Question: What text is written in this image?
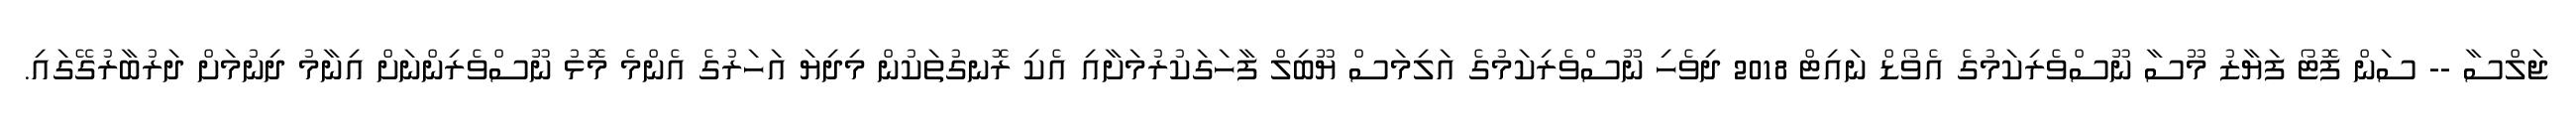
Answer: ޖަލްސާ -- ސަން ފޮޓޯ ފަޔާޒު މޫސާ ނޫސްވެރިކަމުގެ އެވޯޑް ނައިޓް 2018 ދިވެހި ނޫސްވެރިކަމުގެ އަލިމަސް ޔޫބިލް ފާހަގަކުރުމަށާއި އެކި ރޮނގުތަކުން މިދިޔަ އަހަރުގެ އެންމެ މޮޅު ނޫސްވެރިންނަށް އިނާމު ދިނުމަށް ދަރުބާރުގޭގައި.